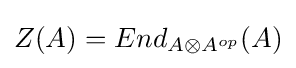
Z(A)=End_{A\otimes A^{op}}(A)